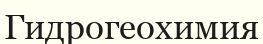
Гидрогеохимия